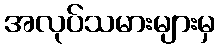
အလုပ်သမားများမှ